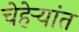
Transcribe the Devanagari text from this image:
चेहेर्‍यांत